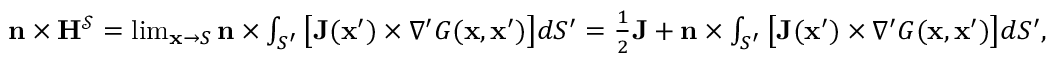
\begin{array} { r } { \mathbf { n } \times \mathbf { H } ^ { \mathcal { S } } = \operatorname* { l i m } _ { \mathbf { x } \to S } \mathbf { n } \times \int _ { S ^ { \prime } } \big [ \mathbf { J } ( \mathbf { x } ^ { \prime } ) \times \nabla ^ { \prime } G ( \mathbf { x } , \mathbf { x } ^ { \prime } ) \big ] d S ^ { \prime } = \frac { 1 } { 2 } \mathbf { J } + \mathbf { n } \times \int _ { S ^ { \prime } } \big [ \mathbf { J } ( \mathbf { x } ^ { \prime } ) \times \nabla ^ { \prime } G ( \mathbf { x } , \mathbf { x } ^ { \prime } ) \big ] d S ^ { \prime } , } \end{array}